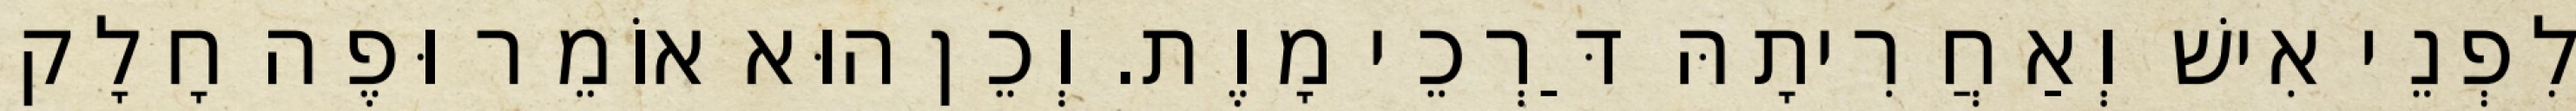
לִפְנֵי אִישׁ וְאַחֲרִיתָהּ דַּרְכֵי מָוֶת. וְכֵן הוּא אוֹמֵר וּפֶה חָלָק